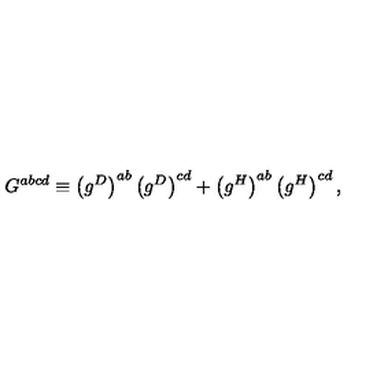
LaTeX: G ^ { a b c d } \equiv \left( g ^ { D } \right) ^ { a b } \left( g ^ { D } \right) ^ { c d } + \left( g ^ { H } \right) ^ { a b } \left( g ^ { H } \right) ^ { c d } ,